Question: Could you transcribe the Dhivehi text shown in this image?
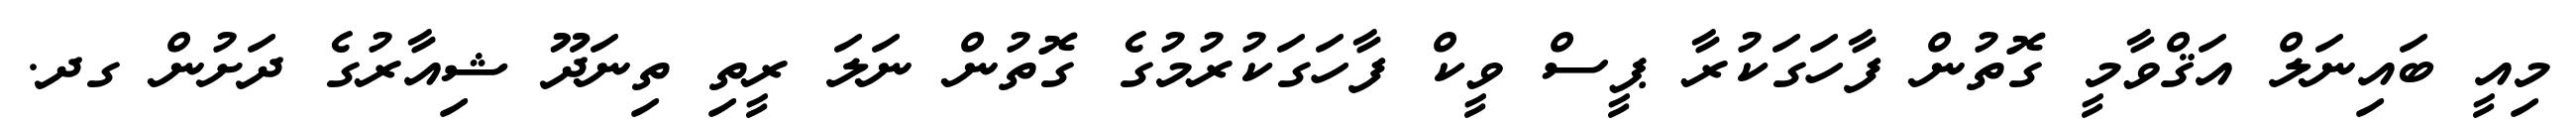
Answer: މިއީ ބައިނަލް އަޤްވާމީ ގޮތުން ފާހަގަކުރާ ޕީސް ވީކް ފާހަގަކުރުމުގެ ގޮތުން ނަލަ ރީތި ތިނަދޫ ޝިއާރުގެ ދަށުން ގދ.